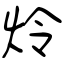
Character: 炩